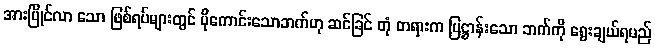
အားပြိုင်လာ သော ဖြစ်ရပ်များတွင် ပိုကောင်းသောဘက်ဟု ဆင်ခြင် တုံ တရားက ပြဋ္ဌာန်းသော ဘက်ကို ရွေးချယ်ရမည်